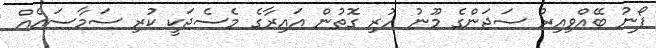
ފޯނު ބޭއްވިއިރު ސަޖަންގެ މޫނު ހުރި ގޮތުން އައިރާގެ މެސެޖަކީ ކުރި ސަމާސައެއް